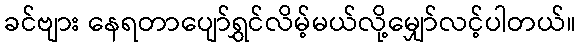
ခင်ဗျား နေရတာပျော်ရွှင်လိမ့်မယ်လို့မျှော်လင့်ပါတယ်။